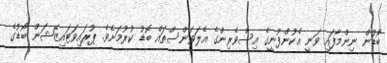
ބޯޑުން ނިންމާފައި ވަނީ އެކުންފުނީގެ އިސްވެރިންގެ އެލަވަންސްތައް ބޮޑު ކުރުމަށެވެ. ޕުރައިވަޓައިޒޭޝަން ބޯޑުގެ